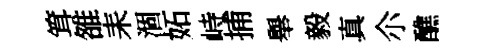
䇯雒耒涸妬峙捕舉毅真尒醮